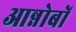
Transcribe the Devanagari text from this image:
आन्नोबों